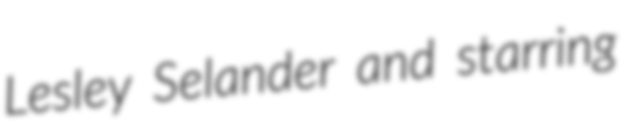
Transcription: Lesley Selander and starring